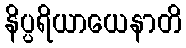
နိပ္ပရိယာယေနာတိ